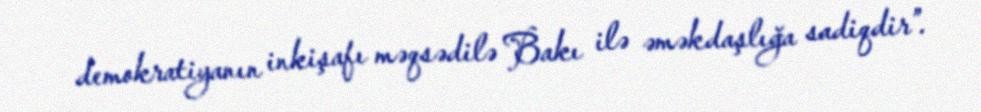
demokratiyanın inkişafı məqsədilə Bakı ilə əməkdaşlığa sadiqdir”.